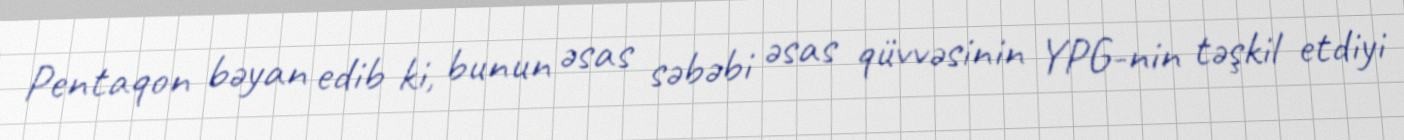
Pentaqon bəyan edib ki, bunun əsas səbəbi əsas qüvvəsinin YPG-nin təşkil etdiyi